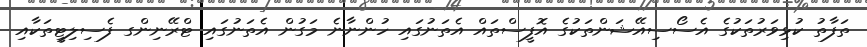
ތަފާތު ކުޅިވަރުތަކުގެ އެސޯސިއޭޝަންތަކުގެ އޮފީސްތައް އެތަނުގައި ހުންނާނެ މަގުން އެތަނުގައި ޓްރޭނިންގ ފެސިލިޓީތަކާއި